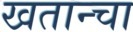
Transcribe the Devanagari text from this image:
खतान्चा